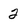
Character: 2